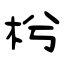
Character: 枍